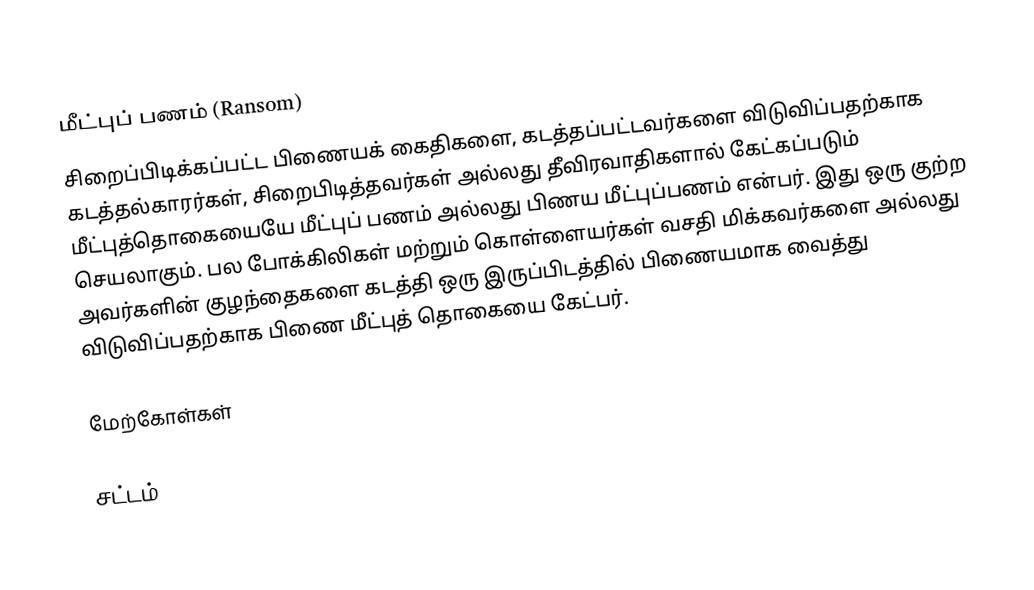
மீட்புப் பணம் (Ransom)
சிறைப்பிடிக்கப்பட்ட பிணையக் கைதிகளை, கடத்தப்பட்டவர்களை விடுவிப்பதற்காக கடத்தல்காரர்கள், சிறைபிடித்தவர்கள் அல்லது தீவிரவாதிகளால்  கேட்கப்படும் மீட்புத்தொகையையே  மீட்புப் பணம் அல்லது பிணய மீட்புப்பணம்  என்பர். இது ஒரு குற்ற செயலாகும். பல போக்கிலிகள் மற்றும் கொள்ளையர்கள் வசதி மிக்கவர்களை அல்லது அவர்களின் குழந்தைகளை கடத்தி ஒரு இருப்பிடத்தில் பிணையமாக வைத்து விடுவிப்பதற்காக பிணை மீட்புத் தொகையை கேட்பர்.

மேற்கோள்கள்

சட்டம்